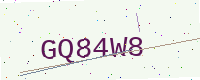
Text: GQ84W8